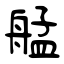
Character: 艋